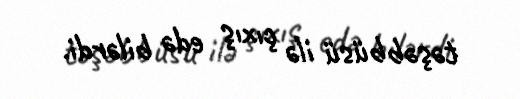
təşəbbüsü ilə çıxış edə bilərdi.